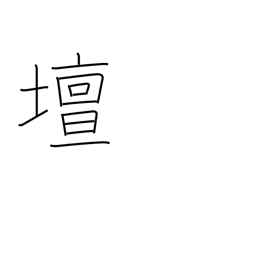
Meaning: rostrum